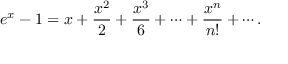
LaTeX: e ^ { x } - 1 = x + { \frac { x ^ { 2 } } { 2 } } + { \frac { x ^ { 3 } } { 6 } } + \cdots + { \frac { x ^ { n } } { n ! } } + \cdots .